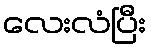
လေးလံပြီး